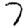
Digit: 7